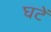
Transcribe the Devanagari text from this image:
घटें